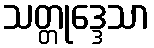
သတ္တုဒ္ဒေသာ